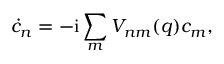
\dot { c } _ { n } = - \mathrm { i } \sum _ { m } V _ { n m } ( q ) c _ { m } ,